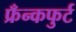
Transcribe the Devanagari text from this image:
फ्रँन्कफुर्ट